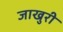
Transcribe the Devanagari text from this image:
जाखुरी